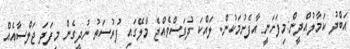
އަބްދު ކަމާލުއްދީން:މިފަށަނީ އާފެށުމަކުން. ލައްކަ ދުވަސްވެއްޖެ މާލޭގައި ފުރުސަތު ނުދީގެން މިފަދަ ޖަލްސާއެއް